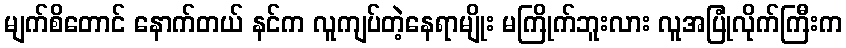
မျက်စိတောင် နောက်တယ် နင်က လူကျပ်တဲ့နေရာမျိုး မကြိုက်ဘူးလား လူအပြုံလိုက်ကြီးက